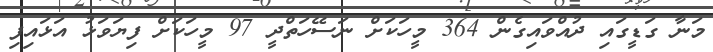
މަނާ ގަޑީގައި ދުއްވައިގެން 364 މީހަކަށް ނަސޭހަތްދީ 97 މީހަކަށް ފިޔަވަޅު އަޅައިފި